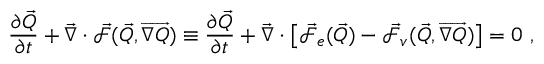
\frac { \partial \vec { Q } } { \partial t } + \vec { \nabla } \cdot \vec { \mathcal { F } } ( \vec { Q } , \overrightarrow { \nabla Q } ) \equiv \frac { \partial \vec { Q } } { \partial t } + \vec { \nabla } \cdot \left[ \vec { \mathcal { F } } _ { e } ( \vec { Q } ) - \vec { \mathcal { F } } _ { v } ( \vec { Q } , \overrightarrow { \nabla Q } ) \right] = 0 \mathrm { ~ , }